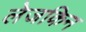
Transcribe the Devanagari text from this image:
लेजकिन